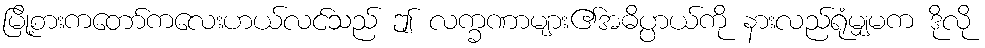
မြို့စားကတော်ကလေးဟယ်လင်သည် ဤ လက္ခဏာများ၏အဓိပ္ပာယ်ကို နားလည်ရုံမျှမက ဒိုလို